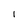
Character: 1